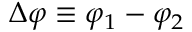
\Delta \varphi \equiv \varphi _ { 1 } - \varphi _ { 2 }